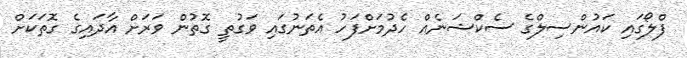
ފްލޯގައި ކައުންސިލްގެ ސެކްޝަނެއް ހެދުމަށްފަހު އެތަނުގައި ވަގުތީ ގޮތުން ވަރަށް އާދައިގެ ގޮތަކަށް